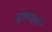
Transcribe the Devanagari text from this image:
सुलधाने